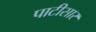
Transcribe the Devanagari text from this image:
पाटीसार